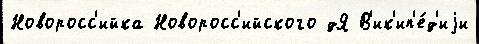
Новоросс'ийка Новоросс'ийского дЯ В'ик'ип'е́д'иjи